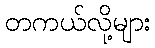
တကယ်လို့များ